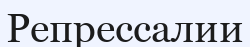
Репрессалии